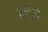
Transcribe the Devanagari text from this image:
संधियो